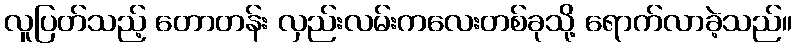
လူပြတ်သည့် တောတန်း လှည်းလမ်းကလေးတစ်ခုသို့ ရောက်လာခဲ့သည်။